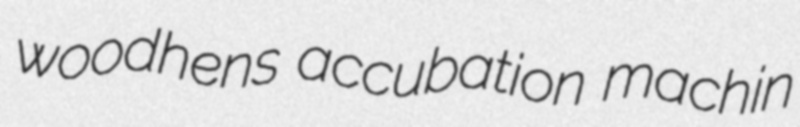
woodhens accubation machin